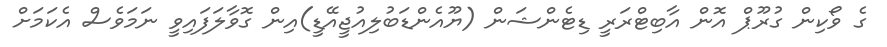
ގެ ވޯކިން ގުރޫޕް އޮން އާބިޓްރަރީ ޑިޓެންޝަން (ޔޫއެންޑަބުލިއުޖީއޭޑީ)އިން ގޮވާލަފައިވީ ނަމަވެސް އެކަމަށް